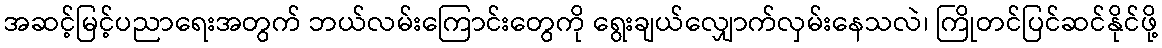
အဆင့်မြင့်ပညာရေးအတွက် ဘယ်လမ်းကြောင်းတွေကို ရွေးချယ်လျှောက်လှမ်းနေသလဲ၊ ကြိုတင်ပြင်ဆင်နိုင်ဖို့